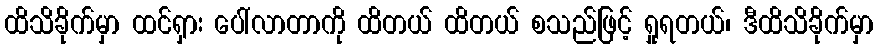
ထိသိခိုက်မှာ ထင်ရှား ပေါ်လာတာကို ထိတယ် ထိတယ် စသည်ဖြင့် ရှုရတယ်၊ ဒီထိသိခိုက်မှာ